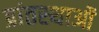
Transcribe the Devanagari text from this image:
प्रांतस्थाओं